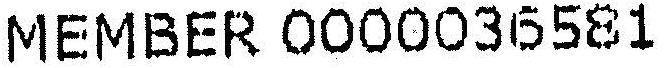
MEMBER 0000036581